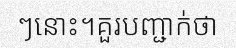
ៗនោះ។គួរបញ្ជាក់ថា